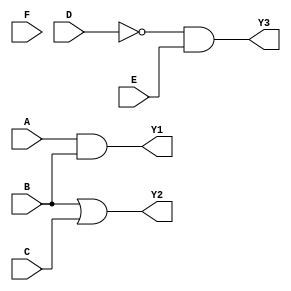
module combinational_logic (
    input wire A,
    input wire B,
    input wire C,
    input wire D,
    input wire E,
    input wire F,
    output wire Y1, // Output for Group 1
    output wire Y2, // Output for Group 2
    output wire Y3  // Output for Group 3
);

// Group 1: Output = A AND B
assign Y1 = A & B;

// Group 2: Output = B OR C
assign Y2 = B | C;

// Group 3: Output = NOT D AND E
assign Y3 = ~D & E;

// Optional: Control signals can be implemented (not in use here)
// control_signal can be used to enable/disable groups if needed

endmodule